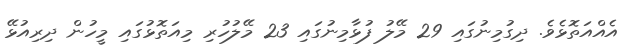
އެއްއަތޮޅެވެ. ދިގުމިނުގައި 29 މޭލު ފުޅާމިނުގައި 23 މޭލުހުރި މިއަތޮޅުގައި މީހުން ދިރިއުޅޭ